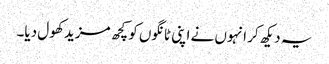
یہ دیکھ کر انہوں نے اپنی ٹانگوں کو کچھ مزید کھول دیا۔